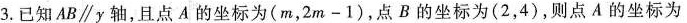
3.已知AB \parallel y轴，且点A的坐标为(m，2m-1)，点B的坐标为(2，4)，则点A的坐标为